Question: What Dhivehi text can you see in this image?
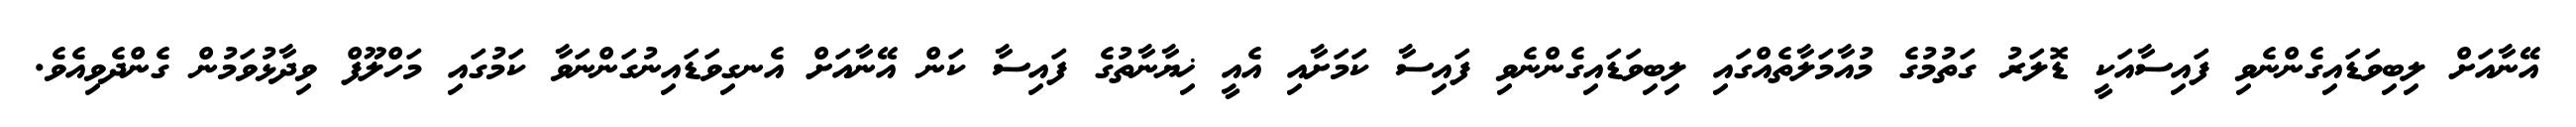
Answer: އޭނާއަށް ލިބިވަޑައިގެންނެވި ފައިސާއަކީ ޑޮލަރު ގަތުމުގެ މުއާމަލާތެއްގައި ލިބިވަޑައިގެންނެވި ފައިސާ ކަމަށާއި އެއީ ޚިޔާނާތުގެ ފައިސާ ކަން އޭނާއަށް އެނގިވަޑައިނުގަންނަވާ ކަމުގައި މަހްލޫފް ވިދާޅުވަމުން ގެންދެވިއެވެ.